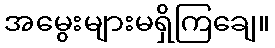
အမွေးများမရှိကြချေ။